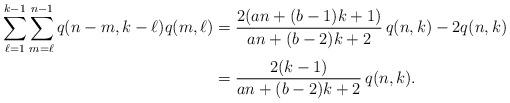
LaTeX: \begin{align*} \sum_{\ell=1}^{k-1}\sum_{m=\ell}^{n-1} q(n-m,k-\ell)q(m,\ell) &= \frac{2(an+(b-1)k+1)}{an+(b-2)k+2}\,q(n,k) - 2q(n,k) \\ &= \frac{2(k-1)}{an+(b-2)k+2}\,q(n,k).\end{align*}